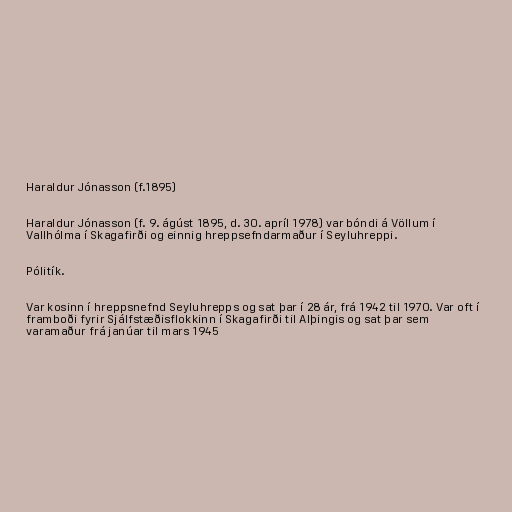
Haraldur Jónasson (f.1895)

Haraldur Jónasson (f. 9. ágúst 1895, d. 30. apríl 1978) var bóndi á Völlum í
Vallhólma í Skagafirði og einnig hreppsefndarmaður í Seyluhreppi.

Pólitík.

Var kosinn í hreppsnefnd Seyluhrepps og sat þar í 28 ár, frá 1942 til 1970. Var oft í
framboði fyrir Sjálfstæðisflokkinn í Skagafirði til Alþingis og sat þar sem
varamaður frá janúar til mars 1945